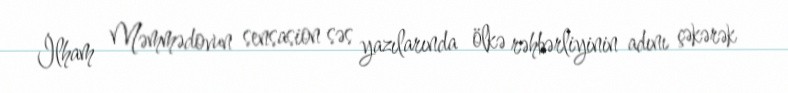
İlham Məmmədovun sensasion səs yazılarında ölkə rəhbərliyinin adını çəkərək